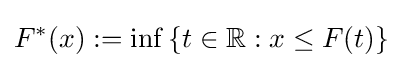
F^{*}(x):=\inf \left\{t\in \mathbb {R} :x\leq F(t)\right\}